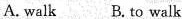
A. walk B. To walk